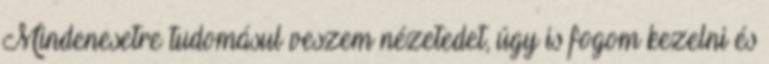
Mindenesetre tudomásul veszem nézetedet, úgy is fogom kezelni és